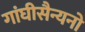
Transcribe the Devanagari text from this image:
गांघीसैन्यनो